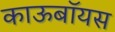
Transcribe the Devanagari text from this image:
काऊबॉयस